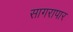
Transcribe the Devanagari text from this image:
सागरापार